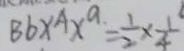
B b \times A x ^ { a } = \frac { 1 } { 2 } \times \frac { 1 } { 4 }